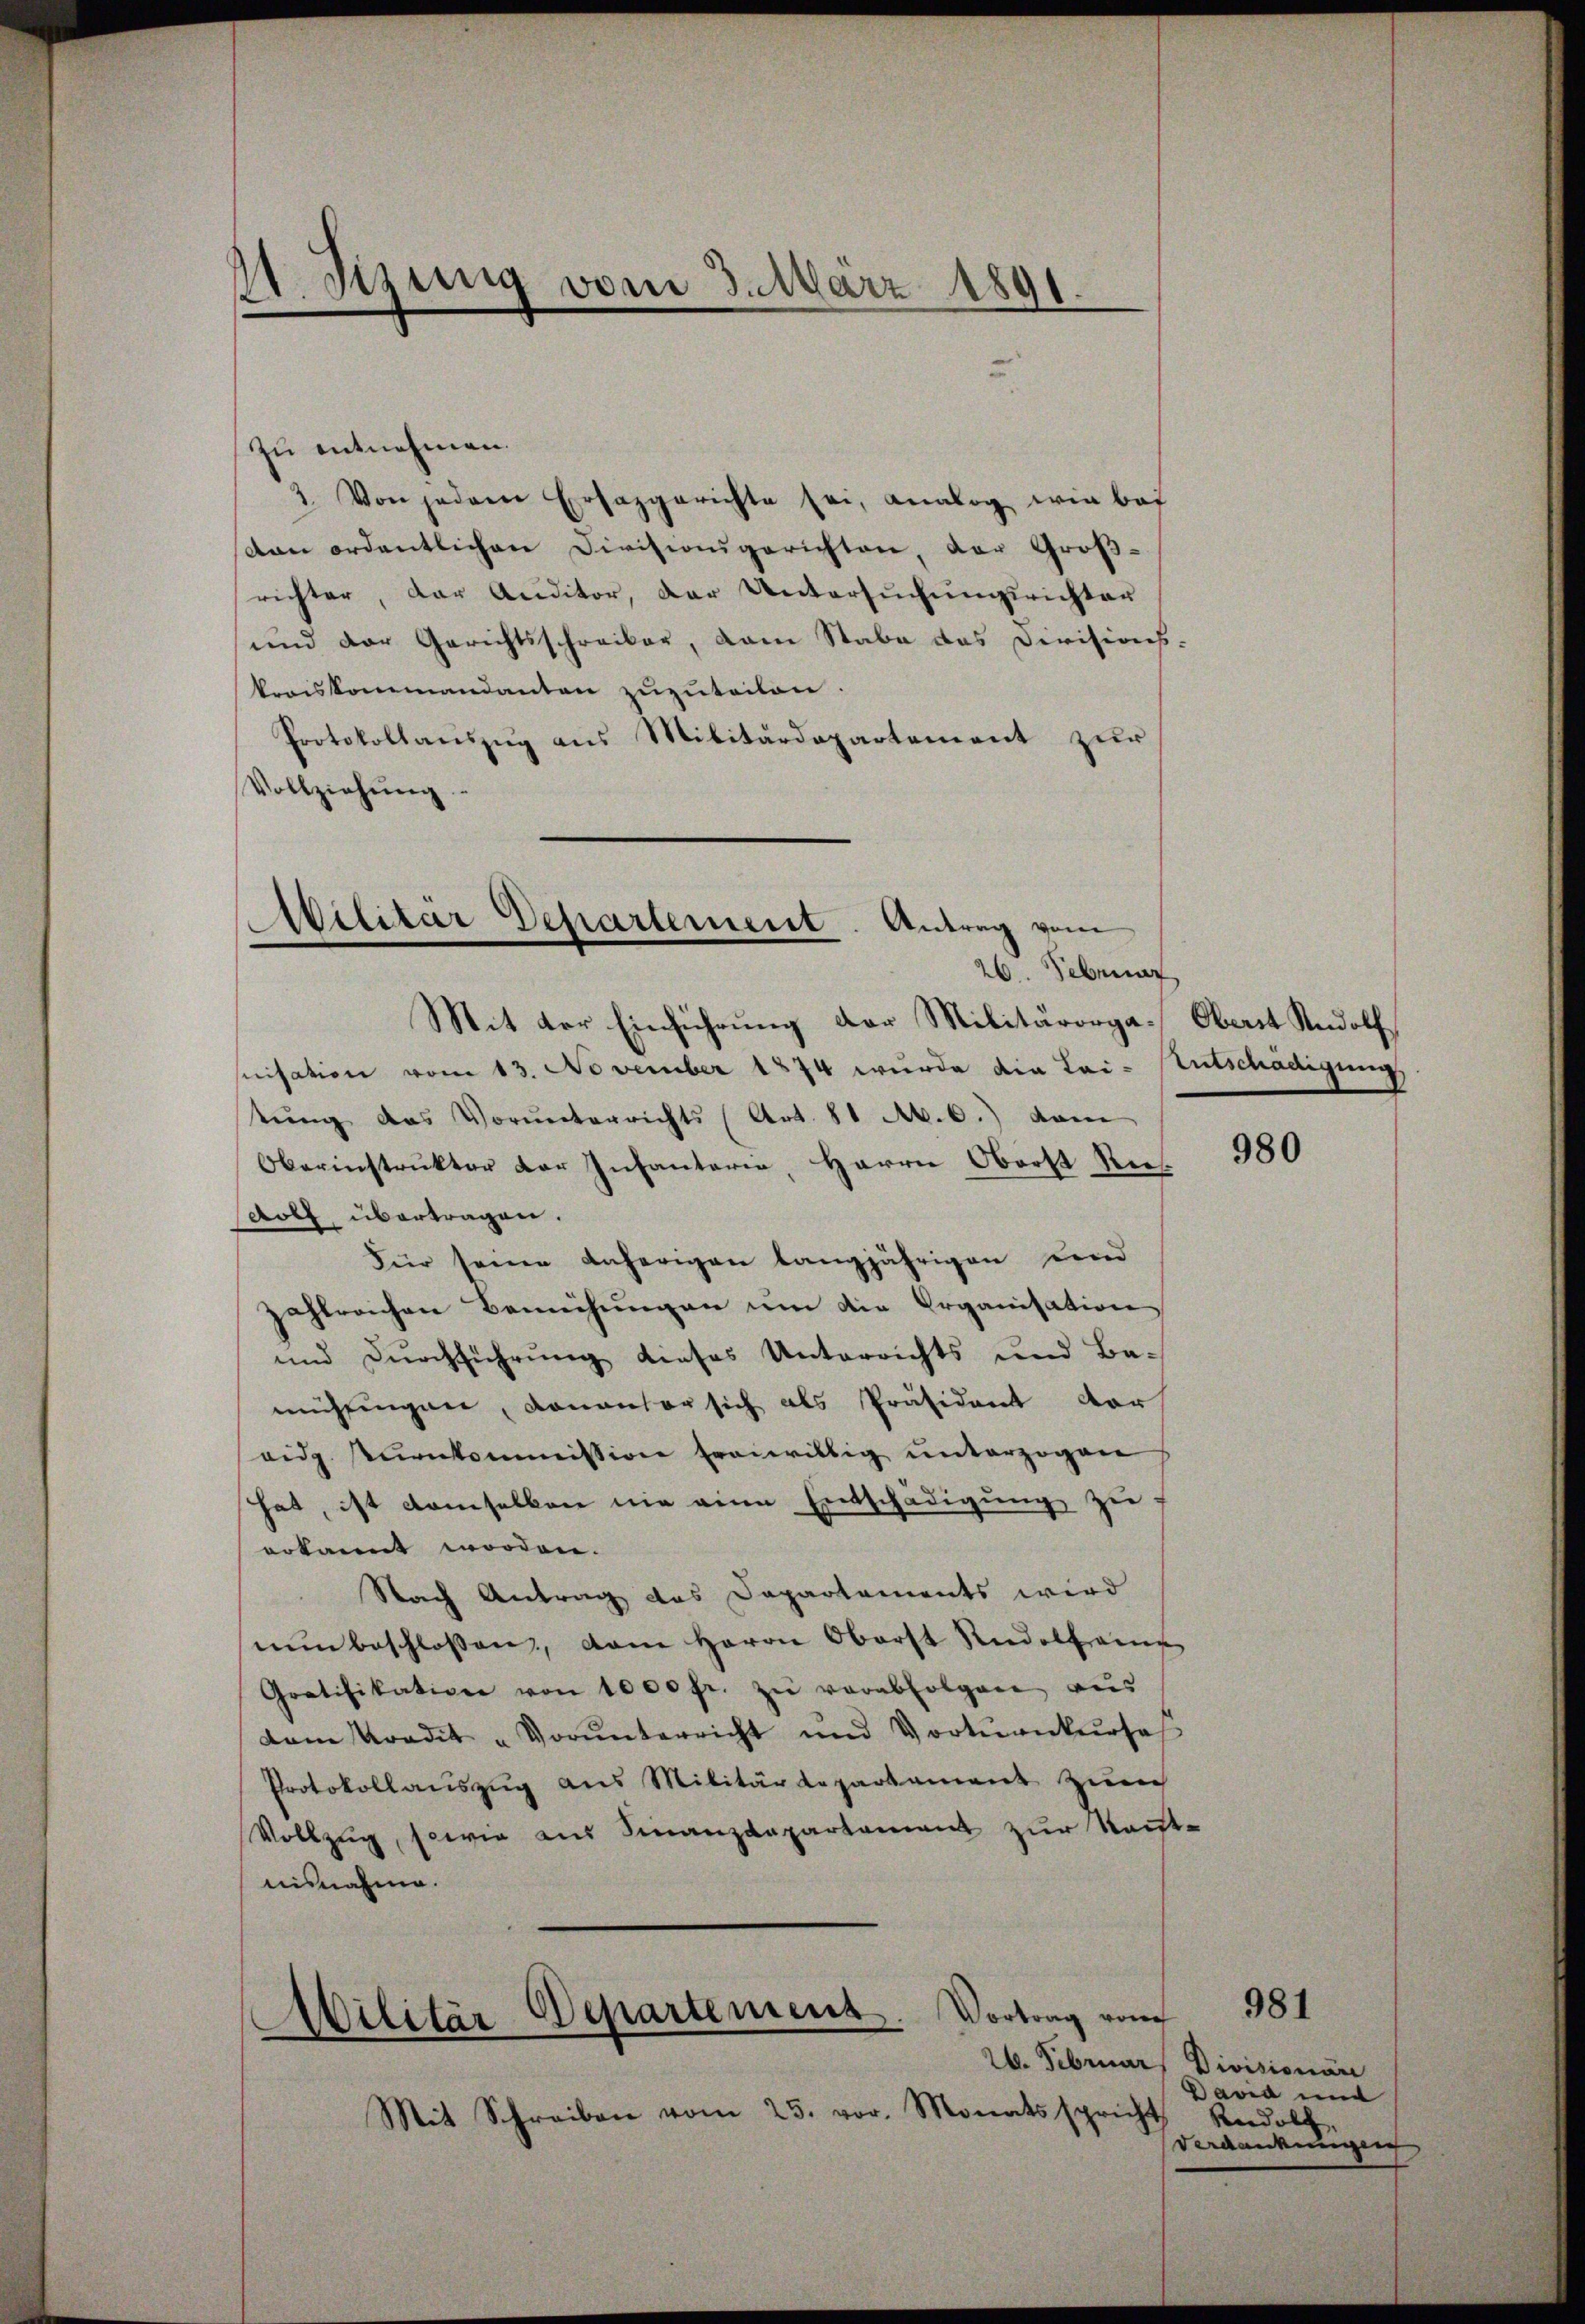
11. Sizung vom 3. März 1891.

zu entnehmen.
3. Von jedem Ersazgerichte sei, analog wir bei
dan ordentlichen Divisionsgerichten, der Großrichter, der Auditor, der Untersŭchŭngsrichter
und der Gerichtsschreiber, vom Stabe das Divisions-
kreiskommandanten zuzuteilen.
Protokollauszug aus Militärdepartement zur
Vollziehŭng

Abilitär Departement. Antrag vom
n
26 Februar
Mit der Einführung der Militärorga- Oberst Rudolf,

srisation vom 13. November 1874 wurde die Lai- Entschädigung
tŭng das Vorŭnterrichts (Art. 81 M. 6. dam
Oberinstruktor der Infanterie, Herrn Oberst Ries
dolf übertragen.
Für seine anherigen langjährigen und
zahlreichen Bemühungen um die Organisation
und Durchführung dieses Unterrichts und Bamühlingen, donanter sich als Präsident vor
eidg. Pŭrnkommission freiwillig unterzogen
hat, ist demselben nie eine Entschädigung zu
erkannt worden.
Nach Antrag des Departements wird
nŭn beschlossen, dem Herrn Oberst Rudolframen
Gratifikation von 1000 fr. zŭ verabfolgen aŭs
dam Kredit "Vorŭnterricht und Vortŭankŭrse
Protokollauszug aus Militärdepartament Zürich
Vollzug, sowie aus Finanzdepartement zur Kont-
nisnahme.
Militär Departement. Vortrag vom
26. Februar, Divisionäre
Mit Schreiben vom 25. vor. Monatsspricht

David und
Rudolf,
Verdankungen

980

981